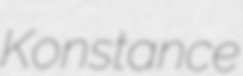
Konstance